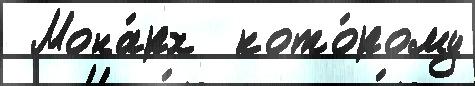
 Мона́рх  кото́рому